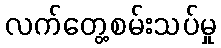
လက်တွေ့စမ်းသပ်မှု